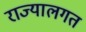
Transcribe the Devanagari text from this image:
राज्यालगत